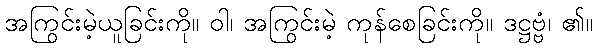
အကြွင်းမဲ့ယူခြင်းကို။ ဝါ၊ အကြွင်းမဲ့ ကုန်စေခြင်းကို။ ဒဋ္ဌဗ္ဗံ၊ ၏။